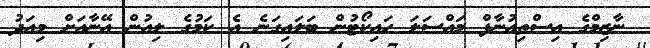
ނާޒިމްގެ އިސްތިއުނާފް މައްސަލަ ހައިކޯޓުން ބަލައިގަނެ އެ ކަމުގެ ލިއުން އޭނާއަށް މިއަދު